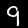
Digit: 9